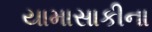
યામાસાકીના